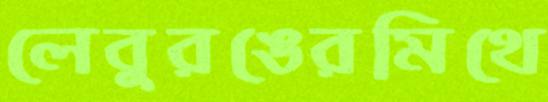
লেবুরঙেরমিথে